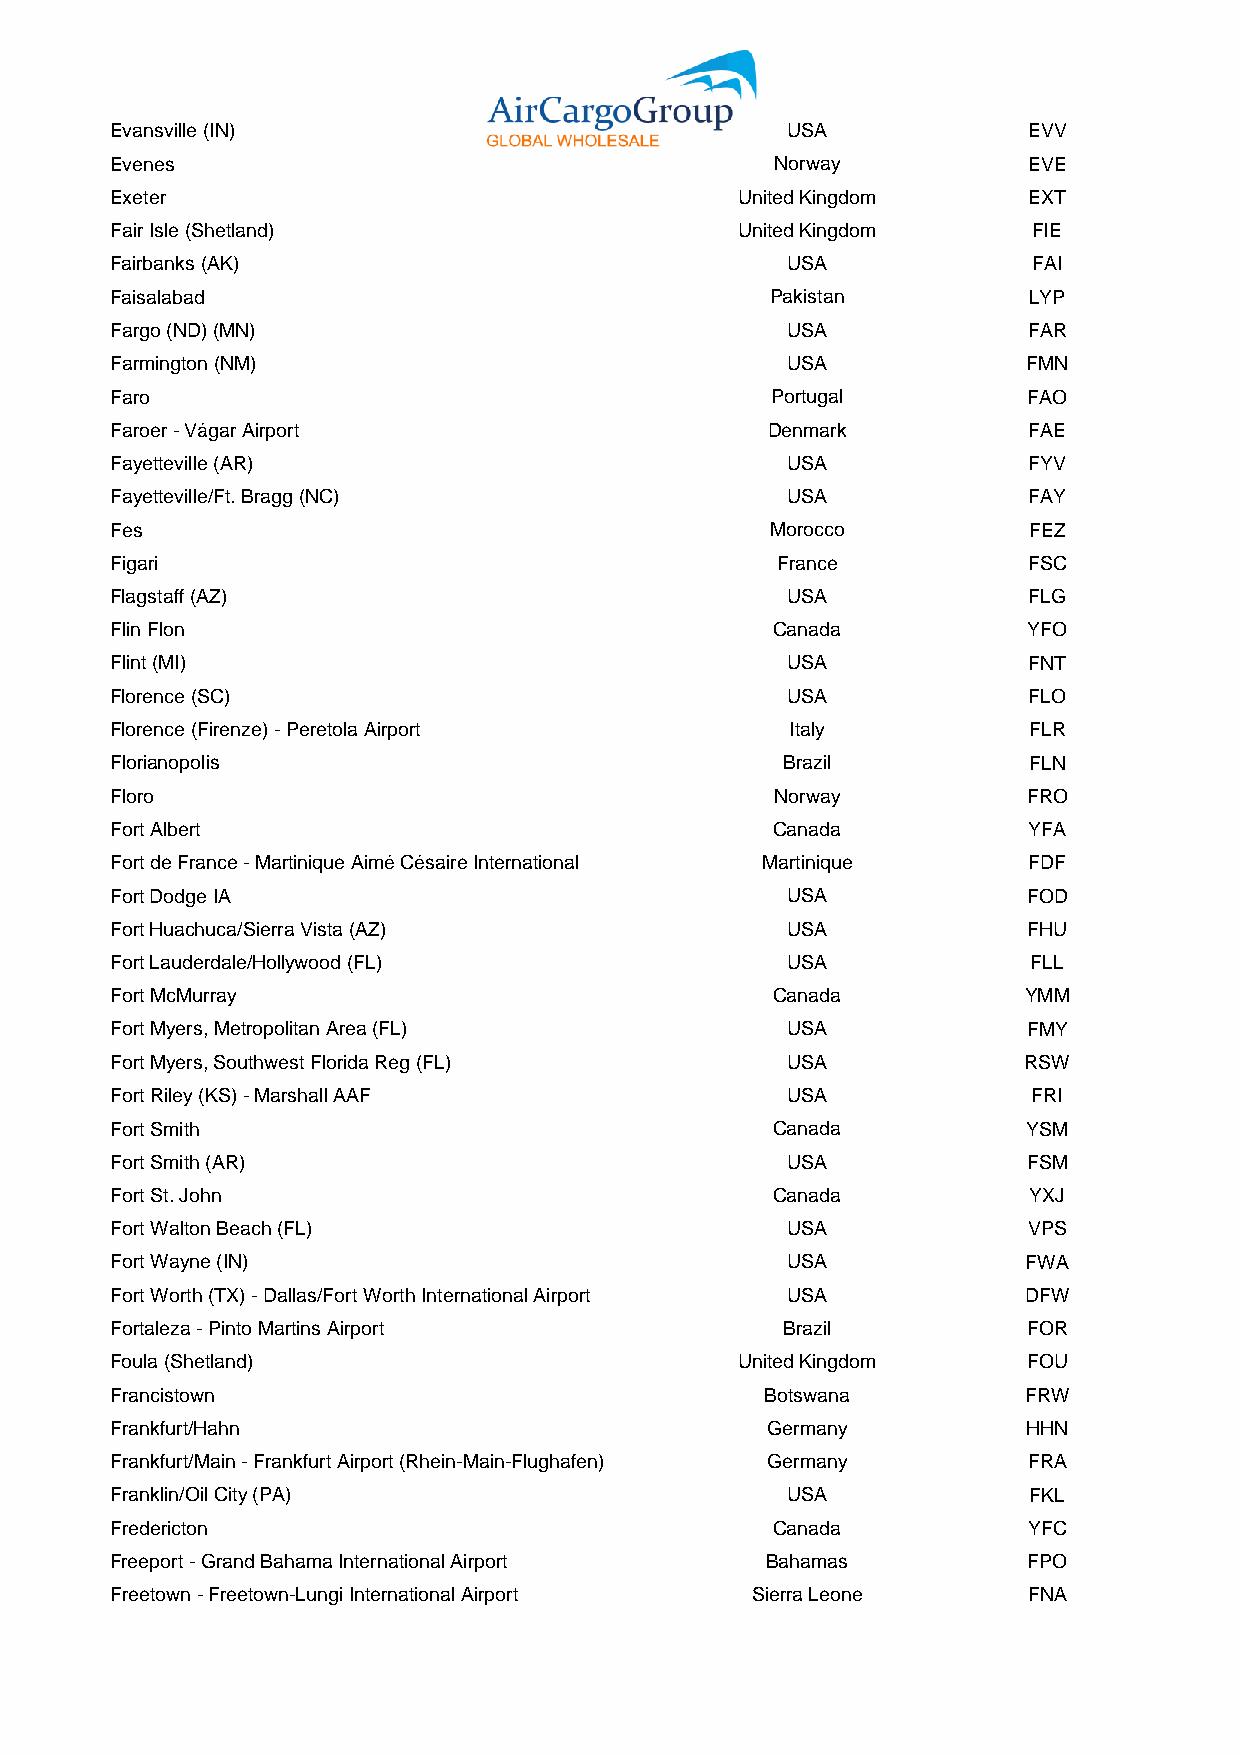
Evansville (IN)                              USA             EVV
 Evenes                                      Norway           EVE
 Exeter                                    United Kingdom     EXT
 Fair Isle (Shetland)                      United Kingdom     FIE
 Fairbanks (AK)                               USA             FAI
 Faisalabad                                  Pakistan         LYP
 Fargo (ND) (MN)                              USA             FAR
 Farmington (NM)                              USA             FMN
 Faro                                        Portugal         FAO
 Faroer - Vágar Airport                      Denmark          FAE
 Fayetteville (AR)                            USA             FYV
 Fayetteville/Ft. Bragg (NC)                  USA             FAY
 Fes                                         Morocco          FEZ
 Figari                                      France           FSC
 Flagstaff (AZ)                               USA             FLG
 Flin Flon                                   Canada           YFO
 Flint (MI)                                   USA             FNT
 Florence (SC)                                USA             FLO
 Florence (Firenze) - Peretola Airport        Italy           FLR
 Florianopolis                                Brazil          FLN
 Floro                                       Norway           FRO
 Fort Albert                                 Canada           YFA
 Fort de France - Martinique Aimé Césaire International Martinique FDF
 Fort Dodge IA                                USA             FOD
 Fort Huachuca/Sierra Vista (AZ)              USA             FHU
 Fort Lauderdale/Hollywood (FL)               USA             FLL
 Fort McMurray                               Canada           YMM
 Fort Myers, Metropolitan Area (FL)           USA             FMY
 Fort Myers, Southwest Florida Reg (FL)       USA             RSW
 Fort Riley (KS) - Marshall AAF               USA             FRI
 Fort Smith                                  Canada           YSM
 Fort Smith (AR)                              USA             FSM
 Fort St. John                               Canada           YXJ
 Fort Walton Beach (FL)                       USA             VPS
 Fort Wayne (IN)                              USA             FWA
 Fort Worth (TX) - Dallas/Fort Worth International Airport USA DFW
 Fortaleza - Pinto Martins Airport            Brazil          FOR
 Foula (Shetland)                          United Kingdom     FOU
 Francistown                                 Botswana         FRW
 Frankfurt/Hahn                              Germany          HHN
 Frankfurt/Main - Frankfurt Airport (Rhein-Main-Flughafen) Germany FRA
 Franklin/Oil City (PA)                       USA             FKL
 Fredericton                                 Canada           YFC
 Freeport - Grand Bahama International Airport Bahamas        FPO
 Freetown - Freetown-Lungi International Airport Sierra Leone FNA